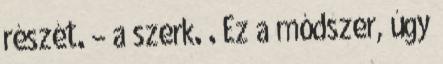
részét. – a szerk. . Ez a módszer, úgy